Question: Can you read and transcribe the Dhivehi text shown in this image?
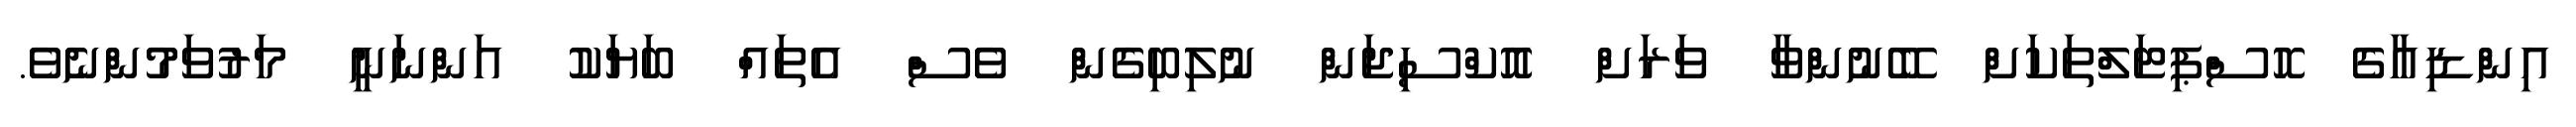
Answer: އިންޑިއާގެ ހޮސްޕިޓަލްތަކަށް ބޭނުންވާ ވަރަށް އޮކްސިޖަން ނުލިބިގެން ވެސް އެތައް ބަޔަކު އަންނަނީ މަރުވަމުންނެވެ.